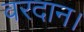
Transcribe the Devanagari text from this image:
वरदान।